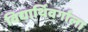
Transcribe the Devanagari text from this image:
विद्यार्थिवर्गाला